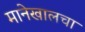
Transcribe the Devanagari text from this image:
मानेखालचा